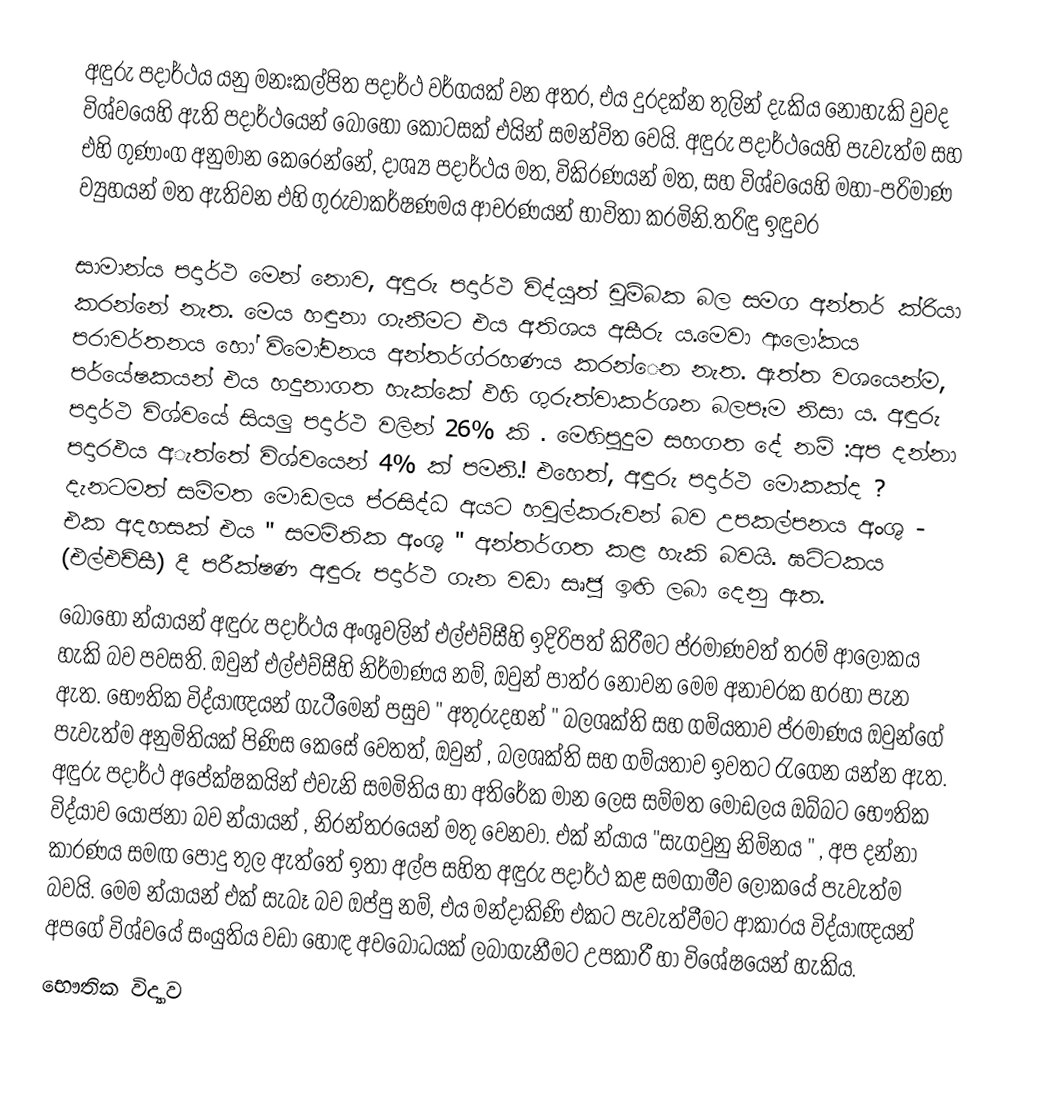
අඳුරු පදාර්ථය යනු  මනඃකල්පිත පදාර්ථ වර්ගයක් වන අතර, එය දුරදක්න තුලින් දැකිය නොහැකි වුවද  විශ්වයෙහි ඇති පදාර්ථයෙන් බොහෝ කොටසක් එයින් සමන්විත වෙයි.  අඳුරු පදාර්ථයෙහි පැවැත්ම සහ එහි ගුණාංග අනුමාන කෙරෙන්නේ, දාශ්‍ය පදාර්ථය මත, විකිරණයන් මත, සහ   විශ්වයෙහි  මහා-පරිමාණ ව්‍යුහයන් මත ඇතිවන එහි ගුරුවාකර්ෂණමය ආචරණයන් භාවිතා කරමිනි.තරිඳු ඉඳුවර

සාමාන්ය පදාර්ථ මෙන් නොව, අඳුරු පදාර්ථ විද්යුත් චුම්බක බල සමග අන්තර් ක්රියා කරන්නේ නැත. මෙය හඳුනා ගැනීමට එය අතිශය අසීරු ය.මෙවා ආලෝකය පරාවර්තනය හෝ විමෝචනය අන්තර්ග්රහණය කරන්ෙන නැත. ඇත්ත වශයෙන්ම, පර්යේෂකයන් එය හදුනාගත හැක්කේ ඵහි ගුරුත්වාකර්ශන බලපෑම නිසා ය. අඳුරු පදාර්ථ විශ්වයේ සියලු පදාර්ථ වලින් 26% කි . මෙහිපුදුම සහගත දේ නම් :අප දන්නා පදාරඵය අැත්තේ විශ්වයෙන් 4% ක් පමනි.! එහෙත්, අඳුරු පදාර්ථ  මොකක්ද ? දැනටමත් සම්මත මොඩලය ප්රසිද්ධ අයට හවුල්කරුවන් බව උපකල්පනය අංශු - එක අදහසක් එය " සමමිතික අංශු " අන්තර්ගත කළ හැකි බවයි. ඝට්ටකය (එල්එච්සී) දී පරීක්ෂණ අඳුරු පදාර්ථ ගැන වඩා සෘජු ඉඟි ලබා දෙනු ඇත.
බොහෝ න්යායන් අඳුරු පදාර්ථය අංශුවලින් එල්එච්සීහි ඉදිරිපත් කිරීමට ප්රමාණවත් තරම් ආලෝකය හැකි බව පවසති. ඔවුන් එල්එච්සීහි නිර්මාණය නම්, ඔවුන් පාත්ර නොවන මෙම අනාවරක හරහා පැන ඇත. භෞතික විද්යාඥයන් ගැටීමෙන් පසුව " අතුරුදහන් " බලශක්ති සහ ගම්යතාව ප්රමාණය ඔවුන්ගේ පැවැත්ම අනුමිතියක් පිණිස කෙසේ වෙතත්, ඔවුන් , බලශක්ති සහ ගම්යතාව ඉවතට රැගෙන යන්න ඇත. අඳුරු පදාර්ථ අපේක්ෂකයින් එවැනි සමමිතිය හා අතිරේක මාන ලෙස සම්මත මොඩලය ඔබ්බට භෞතික විද්යාව යෝජනා බව න්යායන් , නිරන්තරයෙන් මතු වෙනවා. එක් න්යාය "සැගවුනු නිම්නය " , අප දන්නා කාරණය සමඟ පොදු තුල ඇත්තේ ඉතා අල්ප සහිත අඳුරු පදාර්ථ කළ සමගාමීව ලෝකයේ පැවැත්ම බවයි. මෙම න්යායන් එක් සැබෑ බව ඔප්පු නම්, එය මන්දාකිණි එකට පැවැත්වීමට ආකාරය විද්යාඥයන් අපගේ විශ්වයේ සංයුතිය වඩා හොඳ අවබෝධයක් ලබාගැනීමට උපකාරී හා විශේෂයෙන් හැකිය.
භෞතික විද්‍යාව